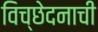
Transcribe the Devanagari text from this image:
विच्छेदनाची